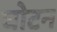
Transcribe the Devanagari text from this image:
घोटन